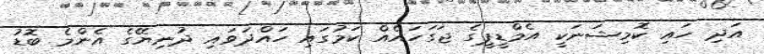
އަދި ހައި ކޮމިޝަނަކީ އެމްޑީޕީގެ ޖަގަހައެއް ކަމުގައި ހައްދަވައި ދުނިޔޭގެ އެންމެ ބޮޑު